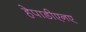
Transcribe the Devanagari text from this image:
हेपाडीएनए